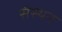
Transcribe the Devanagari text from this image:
संस्थन